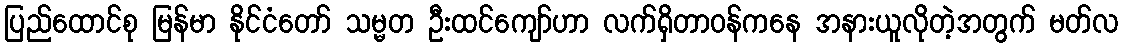
ပြည်ထောင်စု မြန်မာ နိုင်ငံတော် သမ္မတ ဦးထင်ကျော်ဟာ လက်ရှိတာဝန်ကနေ အနားယူလိုတဲ့အတွက် မတ်လ